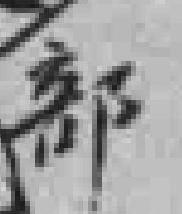
部